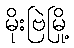
မိုးဗြဲမြို့